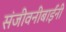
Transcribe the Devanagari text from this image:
संजीवनीबाईंनी